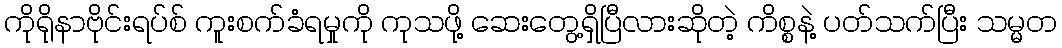
ကိုရိုနာဗိုင်းရပ်စ် ကူးစက်ခံရမှုကို ကုသဖို့ ဆေးတွေ့ရှိပြီလားဆိုတဲ့ ကိစ္စနဲ့ ပတ်သက်ပြီး သမ္မတ